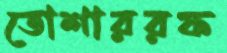
তোশাররফ